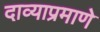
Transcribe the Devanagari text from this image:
दाव्याप्रमाणे